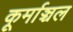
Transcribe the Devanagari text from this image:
कूर्माञ्चल